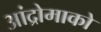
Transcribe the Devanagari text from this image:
आंद्रोमाको